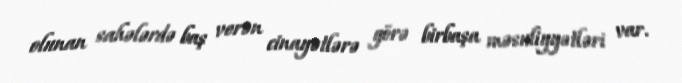
olunan sahələrdə baş verən cinayətlərə görə birbaşa məsuliyyətləri var.